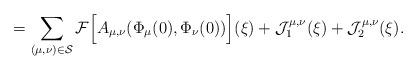
LaTeX: \begin{align*}= \sum_{(\mu, \nu)\in \mathcal{S}}\mathcal{F}\Big[ A_{\mu, \nu}(\Phi_{\mu}(0), \Phi_{\nu}(0))\Big](\xi)+\mathcal{J}_{1}^{\mu, \nu}(\xi) + \mathcal{J}_{2}^{\mu, \nu}(\xi) .\end{align*}